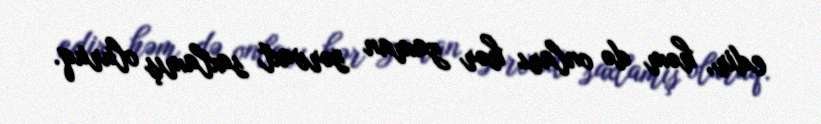
edir, həm də onları hər zaman sərvaxt saxlamış oluruq.